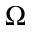
\Omega